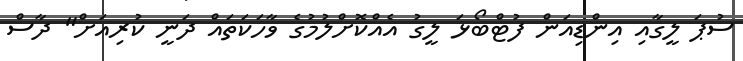
ސުޕަ ލީގާއި އިންޑިއަން ފުޓްބޯޅަ ލީގު އެއްކޮށްލުމުގެ ވާހަކަތައް ދަނީ ކުރިއަށް" ދާސް